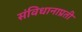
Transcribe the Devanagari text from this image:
संविधानाप्रती